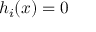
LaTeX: h _ { i } ( x ) = 0